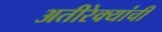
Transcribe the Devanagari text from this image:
अतीरेक्यांची